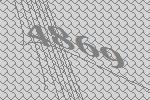
4869